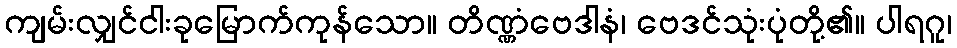
ကျမ်းလျှင်ငါးခုမြောက်ကုန်သော။ တိဏ္ဏံဗေဒါနံ၊ ဗေဒင်သုံးပုံတို့၏။ ပါရဂူ၊